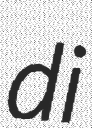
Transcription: di